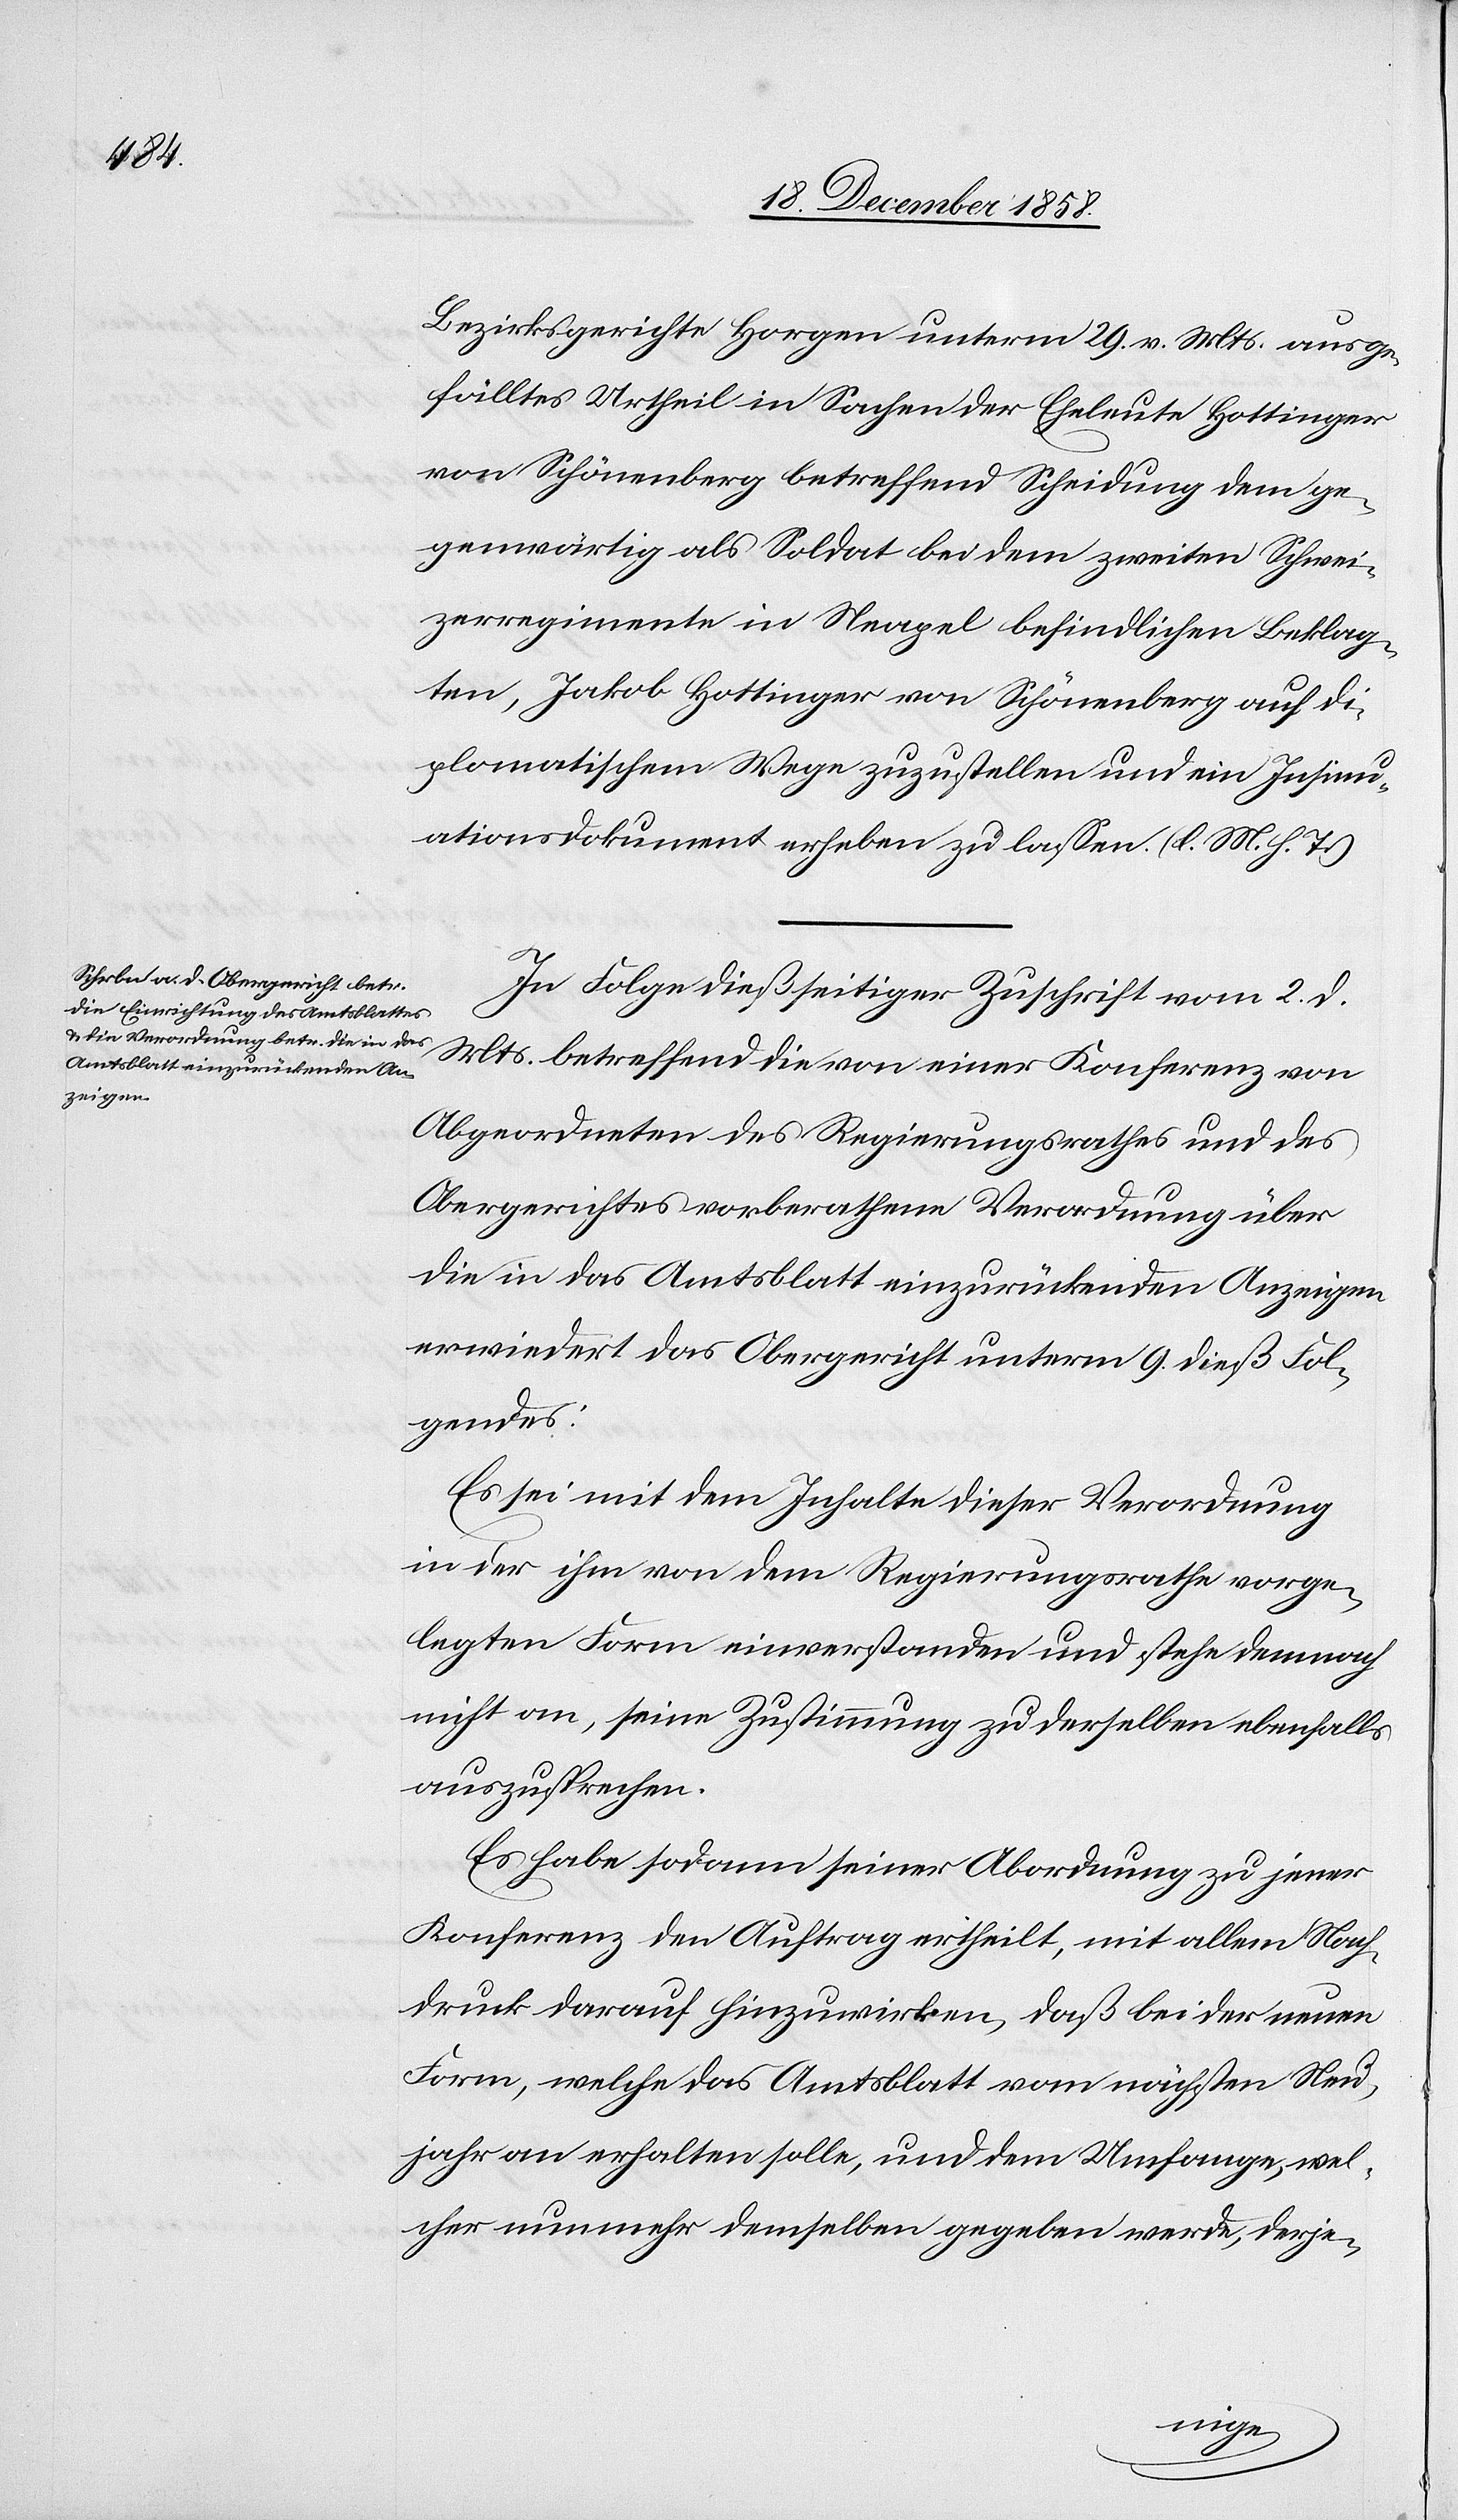
Bezirksgerichte Horgen unterm 29. v. Mts. ausge¬
fälltes Urtheil in Sachen der Eheleute Hottinger
von Schönenberg betreffend Scheidung dem ge¬
genwärtig als Soldat bei dem zweiten Schwei¬
zerregimente in Neapel befindlichen Beklag¬
ten, Jakob Hottinger von Schönenberg auf di¬
plomatischem Wege zuzustellen und ein Insinu¬
ationsdokument erheben zu lassen. (l. M. h. T.)
In Folge dießseitiger Zuschrift vom 2. d.
Mts. betreffend die von einer Konferenz von
Abgeordneten des Regierungsrathes und des
Obergerichtes vorberathene Verordnung über
die in das Amtsblatt einzurückenden Anzeigen
erwiedert das Obergericht unterm 9. dieß Fol¬
gendes:
Es sei mit dem Inhalte dieser Verordnung
in der ihm von dem Regierungsrathe vorge¬
legten Form einverstanden und stehe demnach
nicht an, seine Zustimmung zu derselben ebenfalls
auszusprechen.
Es habe sodann seiner Abordnung zu jener
Konferenz den Auftrag ertheilt, mit allem Nach¬
druck darauf hinzuwirken, daß bei der neuen
Form, welche das Amtsblatt vom nächsten Neu¬
jahr an erhalten solle, und dem Umfange, wel¬
cher nunmehr demselben gegeben werde, derje-